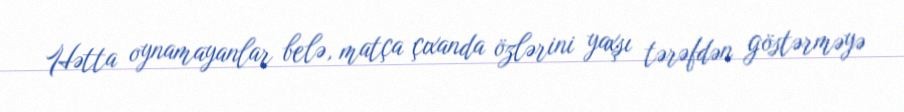
Hətta oynamayanlar belə, matça çıxanda özlərini yaxşı tərəfdən göstərməyə